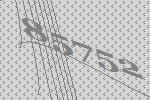
85752